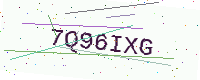
Text: 7Q96IXG